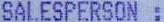
SALESPERSON :